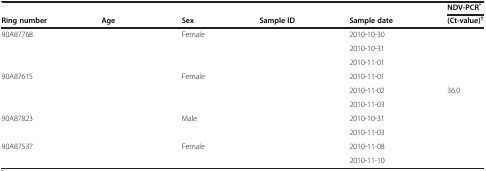
<table><thead><tr><td>[EMPTY_CELL]</td><td>[EMPTY_CELL]</td><td>[EMPTY_CELL]</td><td>[EMPTY_CELL]</td><td>[EMPTY_CELL]</td><td><b>NDV-PCR<sup>*</sup></b></td></tr><tr><td><b>Ring number</b></td><td><b>Age</b></td><td><b>Sex</b></td><td><b>Sample ID</b></td><td><b>Sample date</b></td><td><b>(Ct-value)<sup>†</sup></b></td></tr></thead><tbody><tr><td>90A87768</td><td>[EMPTY_CELL]</td><td>Female</td><td>[EMPTY_CELL]</td><td>2010-10-30</td><td>[EMPTY_CELL]</td></tr><tr><td>[EMPTY_CELL]</td><td>[EMPTY_CELL]</td><td>[EMPTY_CELL]</td><td>[EMPTY_CELL]</td><td>2010-10-31</td><td>[EMPTY_CELL]</td></tr><tr><td>[EMPTY_CELL]</td><td>[EMPTY_CELL]</td><td>[EMPTY_CELL]</td><td>[EMPTY_CELL]</td><td>2010-11-01</td><td>[EMPTY_CELL]</td></tr><tr><td>90A87615</td><td>[EMPTY_CELL]</td><td>Female</td><td>[EMPTY_CELL]</td><td>2010-11-01</td><td>[EMPTY_CELL]</td></tr><tr><td>[EMPTY_CELL]</td><td>[EMPTY_CELL]</td><td>[EMPTY_CELL]</td><td>[EMPTY_CELL]</td><td>2010-11-02</td><td>36.0</td></tr><tr><td>[EMPTY_CELL]</td><td>[EMPTY_CELL]</td><td>[EMPTY_CELL]</td><td>[EMPTY_CELL]</td><td>2010-11-03</td><td>[EMPTY_CELL]</td></tr><tr><td>90A87823</td><td>[EMPTY_CELL]</td><td>Male</td><td>[EMPTY_CELL]</td><td>2010-10-31</td><td>[EMPTY_CELL]</td></tr><tr><td>[EMPTY_CELL]</td><td>[EMPTY_CELL]</td><td>[EMPTY_CELL]</td><td>[EMPTY_CELL]</td><td>2010-11-03</td><td>[EMPTY_CELL]</td></tr><tr><td>90A87537</td><td>[EMPTY_CELL]</td><td>Female</td><td>[EMPTY_CELL]</td><td>2010-11-08</td><td>[EMPTY_CELL]</td></tr><tr><td>[EMPTY_CELL]</td><td>[EMPTY_CELL]</td><td>[EMPTY_CELL]</td><td>[EMPTY_CELL]</td><td>2010-11-10</td><td>[EMPTY_CELL]</td></tr></tbody></table>